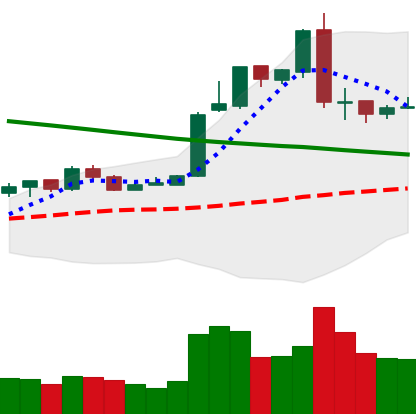
Ticker: EOS-USD
Chart end date: 2019-02-28
Forward return: 6.826%
Label: up_5_7